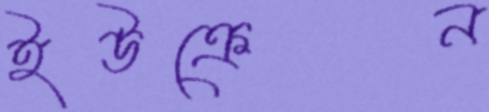
ইউক্রেন